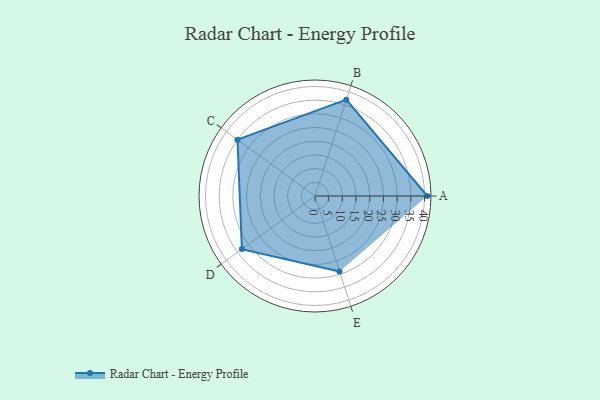
{"axis": {"x": "Skill", "y": "Score"}, "legend": ["Profile"], "data": [{"x": "A", "y": 41.0, "type": "Profile"}, {"x": "B", "y": 37.0, "type": "Profile"}, {"x": "C", "y": 35.0, "type": "Profile"}, {"x": "D", "y": 33.0, "type": "Profile"}, {"x": "E", "y": 29.0, "type": "Profile"}]}